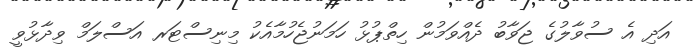
އަދި އެ ސުވާލުގެ ޖަވާބު ދެއްވަމުން ހިތްޕުޅު ހަމަނުޖެހުމާއެކު މިނިސްޓަރ އަސްލަމް ވިދާޅުވީ